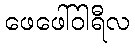
ဖေဖေါ်ဝါရီလ